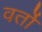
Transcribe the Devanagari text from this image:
वर्तो